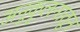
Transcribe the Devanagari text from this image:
अनुकूलनातून